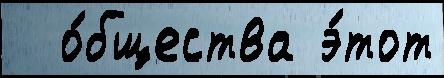
  о́бщества э́тот